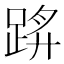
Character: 䟸